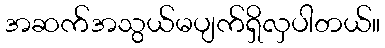
အဆက်အသွယ်မပျက်ရှိလှပါတယ်။